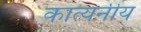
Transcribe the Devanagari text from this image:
कात्यनीय